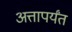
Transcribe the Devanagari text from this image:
अत्तापर्यंत